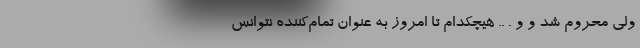
ولی محروم شد و و . .. هیچکدام تا امروز به عنوان تمام‌کننده نتوانس